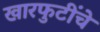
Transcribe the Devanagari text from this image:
खारफुटींचे